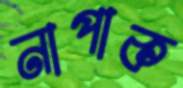
নাপাক